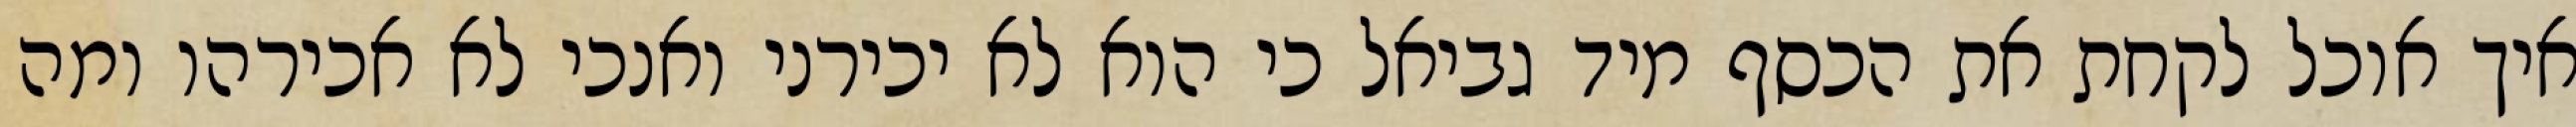
איך אוכל לקחת את הכסף מיד גביאל כי הוא לא יכירני ואנכי לא אכירהו ומה